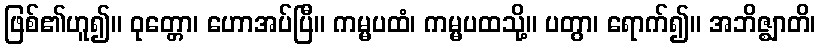
ဖြစ်၏ဟူ၍။ ဝုတ္တော၊ ဟောအပ်ပြီ။ ကမ္မပထံ၊ ကမ္မပထသို့။ ပတွာ၊ ရောက်၍။ အဘိဇ္ဈာတိ၊